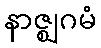
နာဇ္ဈဂမံ